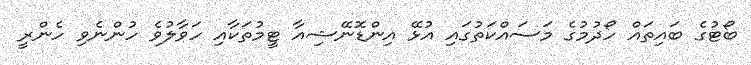
ބޯޓުގެ ބައިތައް ހޯދުމުގެ މަސައްކަތުގައި އުޅޭ އިންޑޮނޭޝިއާ ޓީމުތަކާއި ހަވާލުވެ ހުންނެވި ހެންރީ